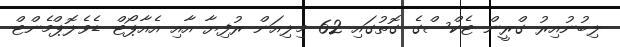
ލިބުނުއިރު ގްރީން ޓެކްސްގެ ގޮތުގައި 62 މިލިއަން ރުފިޔާ އާއި އެއާޕޯޓް ޑެވެލޮޕްމެންޓް